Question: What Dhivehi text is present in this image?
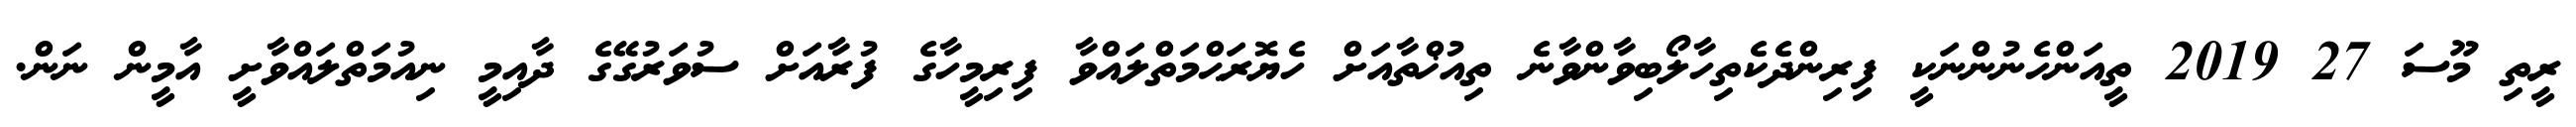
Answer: ރީތި މޫސަ 27 2019 ތީއަންހެނުންނަކީ ފިރިންދެކެތިހާލޯބިވާންވާނެ ތިއުޚްތާއަށް ހެޔޮރަޙްމަތްލައްވާ ފިރިމީހާގެ ފުރާއަށް ސުވަރުގޭގެ ދާއިމީ ނިއުމަތްލައްވާށީ އާމީން ނަން.